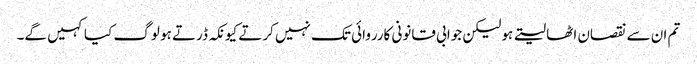
تم ان سے نقصان اٹھا لیتے ہو لیکن جوابی قانونی کارروائی تک نہیں کرتے کیونکہ ڈرتے ہو لوگ کیا کہیں گے۔